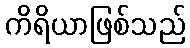
ကိရိယာဖြစ်သည်